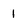
Character: 1